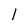
Character: l